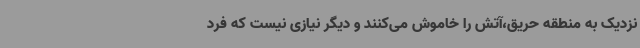
نزدیک به منطقه حریق،آتش را خاموش می‌کنند و دیگر نیازی نیست که فرد